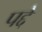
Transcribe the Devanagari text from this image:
पद्दे